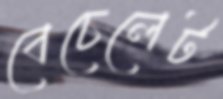
বেচেলেট